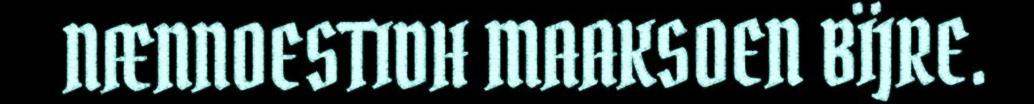
NÆNNOESTIDH MAAKSOEN BÏJRE.